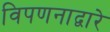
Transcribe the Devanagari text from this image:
विपणनाद्वारे